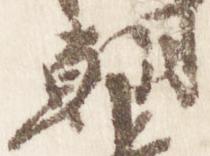
朝